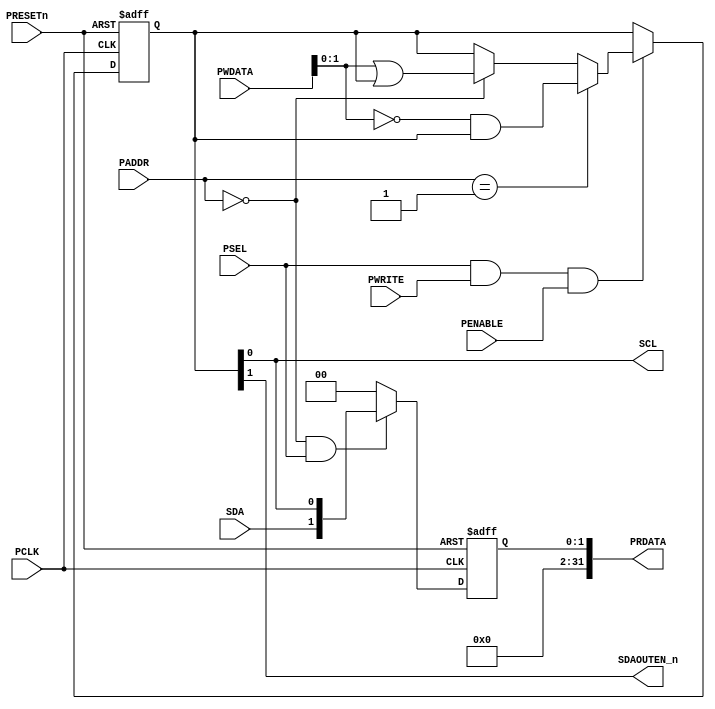
//-----------------------------------------------------------------------------
// The confidential and proprietary information contained in this file may
// only be used by a person authorised under and to the extent permitted
// by a subsisting licensing agreement from ARM Limited or its affiliates.
//
//        (C) COPYRIGHT 2013 ARM Limited or its affiliates.
//            ALL RIGHTS RESERVED
//
// This entire notice must be reproduced on all copies of this file
// and copies of this file may only be made by a person if such person is
// permitted to do so under the terms of a subsisting license agreement
// from ARM Limited or its affiliates.
//
// -----------------------------------------------------------------------------
//
//      SVN Information
//
//      Checked In          : $Date: 2013-04-05 11:54:17 +0100 (Fri, 05 Apr 2013) $
//
//      Revision            : $Revision: 242973 $
//
//      Release Information : CM3DesignStart-r0p0-01rel0
//
//-----------------------------------------------------------------------------
//------------------------------------------------------------------------------
//-- Purpose : Serial Bus Controller for Audio
//------------------------------------------------------------------------------
//-- Limitation : None
//------------------------------------------------------------------------------
//-- Known Deficiencies : None
//------------------------------------------------------------------------------
//-- Design Assumption and timing issues :
//--
//------------------------------------------------------------------------------
//--
//-- Overview
//-- ========
//-- Generate I2C control interface using bit banging
//-------------------------------------------------------------------------------

`timescale 1ns / 1ps

module SBCon
(
// Inputs
  PCLK,                 //-- APB bus clock
  PRESETn,              //-- APB bus reset
  PSEL,                 //-- APB device select
  PENABLE,              //-- identifies APB active cycle
  PWRITE,               //-- APB transfer direction
  PADDR,                //-- APB address
  PWDATA,               //-- APB write data

  SDA,                  // serial data input
// Outputs
  PRDATA,               //-- APB read data
  SCL,
  SDAOUTEN_n
);

  input          PCLK;
  input          PRESETn;
  input          PSEL;
  input          PENABLE;
  input          PWRITE;
  input   [7:2]  PADDR;
  input  [31:0]  PWDATA;
  input          SDA;
  output [31:0]  PRDATA;
  output         SCL;
  output         SDAOUTEN_n;


`define SB_CONTROL     6'b000000       // 0   status
`define SB_CONTROLS    6'b000000       // 0   set outputs SDA or SCL
`define SB_CONTROLC    6'b000001       // 4   clr outputs SDA or SCL

  reg   [1:0] reg_sb_enable;
  reg   [1:0] reg_prdataout;
  wire  [1:0] nxt_prdata;
  wire [31:0] PRDATA;


  // Enable registers have seperate set and clear operations
  //  WriteEnableRegs : process(PCLK, PRESETn)
  always @(posedge PCLK or negedge PRESETn)
  begin
    if (~PRESETn)
      begin
        reg_sb_enable <= 2'b00;
      end
    else
     begin
      if (PSEL & PWRITE & PENABLE)
       begin
         // set SB enable bits
        if (PADDR[7:2] == `SB_CONTROLS)
           reg_sb_enable <= PWDATA[1:0] | reg_sb_enable;

        // clear SB enable bits
        if (PADDR[7:2] == `SB_CONTROLC)
           reg_sb_enable <= (~PWDATA[1:0]) & reg_sb_enable;
       end
     end
  end

  assign nxt_prdata = ((PADDR == `SB_CONTROL) && (PSEL)) ? ({SDA,reg_sb_enable[0]}) : 2'b00;

//  --------------------------------------------------------------------------------
//  -- When the peripheral is not being accessed, '0's are driven
//  -- on the Read Databus (PRDATA) so as not to place any restrictions
//  -- on the method of external bus connection. The external data buses of the
//  -- peripherals on the APB may then be connected to the ASB-to-APB bridge using
//  -- Muxed or ORed bus connection method.
//  --------------------------------------------------------------------------------

  // Register output data
  always @(posedge PCLK or negedge PRESETn)
  begin
    if (~PRESETn)
      begin
        reg_prdataout[1:0] <= 2'b00;
      end
    else
      begin
        reg_prdataout[1:0] <= nxt_prdata[1:0];
      end
  end // ReadRegs;

  // Output to external
  assign PRDATA     = {{30{1'b0}},reg_prdataout};
  assign SCL        = reg_sb_enable[0];
  assign SDAOUTEN_n = reg_sb_enable[1];

endmodule